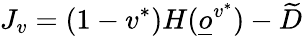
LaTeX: J_{v}=(1-v^{*})H(\underline{o}^{v^{*}})-\widetilde D